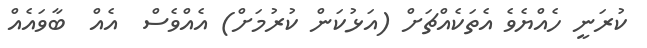
ކުރަނީ ހެއްޔެވެ އެތަކެއްޗަށް (އަޅުކަން ކުރުމަށް) އެއްވެސް  އެއް  ބާވައެއް